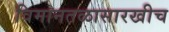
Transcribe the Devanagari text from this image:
विमानतळासारखीच